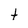
Character: t